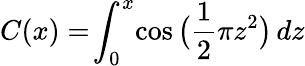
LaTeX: C(x)=\! \int_{0}^{x}\! \cos{\big(}{\frac{1}{2}}\pi z^{2}{\big)}\, dz